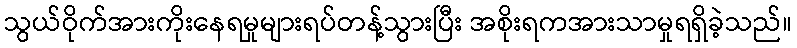
သွယ်ဝိုက်အားကိုးနေရမှုများရပ်တန့်သွားပြီး အစိုးရကအားသာမှုရရှိခဲ့သည်။